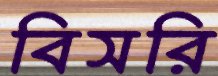
বিসরি